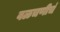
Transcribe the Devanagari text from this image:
वळचणीचं